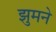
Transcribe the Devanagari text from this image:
झुमने